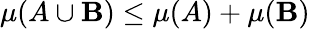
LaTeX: \mu(A\cup\mathbf{B})\leq\mu(A)+\mu(\mathbf{B})